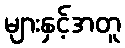
များနှင့်အတူ